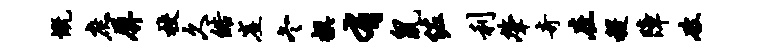
慨庶屏校久皓崖冬撰有鼠佐利肇奇在稷障破